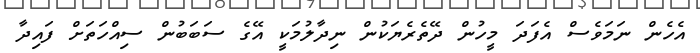
އެހެން ނަމަވެސް އެފަދަ މީހުން ދޭތެރެޔަކުން ނިދާލުމަކީ އޭގެ ސަބަބުން ސިއްހަތަށް ފައިދާ